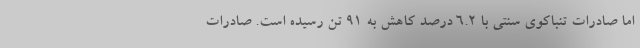
اما صادرات تنباکوی سنتی با ۶.۲ درصد کاهش به ۹۱ تن رسیده است. صادرات